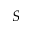
S